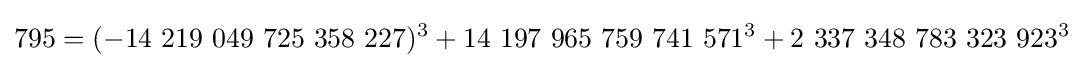
795=(-14\ 219\ 049\ 725\ 358\ 227)^{3}+14\ 197\ 965\ 759\ 741\ 571^{3}+2\ 337\ 348\ 783\ 323\ 923^{3}